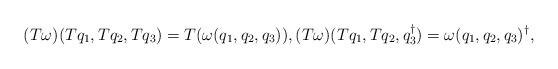
LaTeX: \begin{align*}(T\omega)(Tq_1,Tq_2,Tq_3) = T(\omega(q_1,q_2,q_3)),(T\omega)(Tq_1,Tq_2,q_3^\dagger) = \omega(q_1,q_2,q_3)^\dagger,\end{align*}